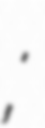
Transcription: Анастасия Сергеевна Долгова;